Indian Medical Review
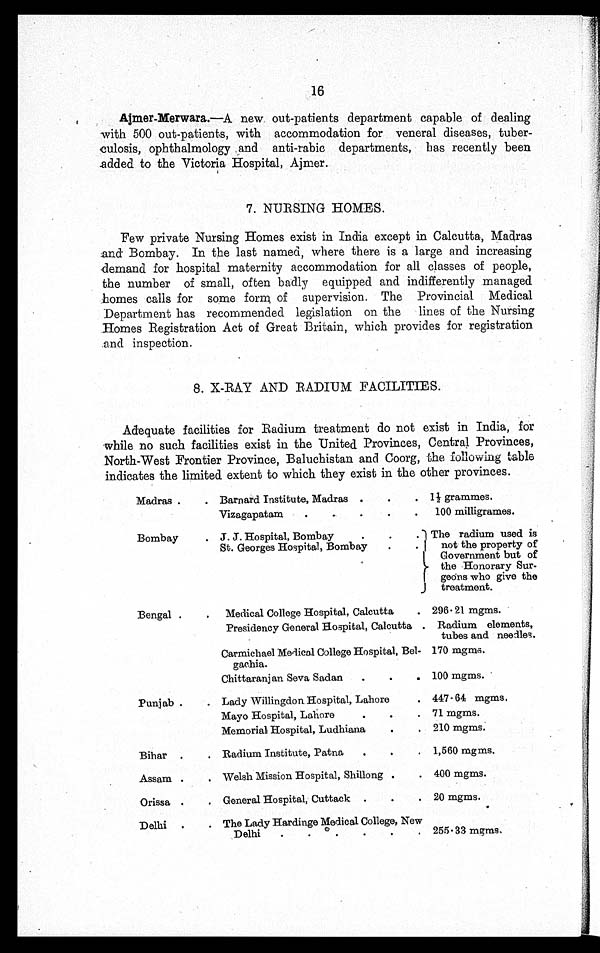
16
Ajmer-Merwara .—A new out-patients department capable of dealing
with 500 out-patients, with accommodation for veneral diseases, tuber
-culosis, ophthalmology and anti-rabic departments, has recently been
added to the Victoria Hospital, Ajmer.
7. NURSING HOMES.
Few private Nursing Homes exist in India except in Calcutta, Madras
and Bombay. In the last named, where there is a large and increasing
demand for hospital maternity accommodation for all classes of people,
the number of small, often badly equipped and indifferently managed
homes calls for some form of supervision. The Provincial Medical
Department has recommended legislation on the lines of the Nursing
Homes Registration Act of Great Britain, which provides for registration
and inspection.
8. X-RAY AND RADIUM FACILITIES.
Adequate facilities for Radium treatment do not exist in India, for
while no such facilities exist in the United Provinces, Central Provinces,
North-West Frontier Province, Baluchistan and Coorg, the following table
indicates the limited extent to which they exist in the other provinces.
Madras . . . Barnard Institute, Madras . . .
1½ grammes.
Vizagapatam . . .
100 milligrames.
Bombay . . . J. J. Hospital, Bombay . . .
The radium used is
not the property of
Government but of
the Honorary Sur
-
geons who give the
treatment.
St. Georges Hospital, Bombay . . .
Bengal . . .
Medical College Hospital, Calcutta .
296.21 mgms.
Presidency General Hospital, Calcutta . Radium elements,
tubes and needles.
Carmichael Medical College Hospital, Bel-
g a c h i a .
170 mgms.
Chittaranjan Seva Sadan . . .
100 mgms.
Punjab . . . Lady Willingdon Hospital, Lahore .
447.64 mgms.
Mayo Hospital, Lahore . . .
71 mgms.
Memorial Hospital, Ludhiana . . .
210 mgms.
Bihar . . .
Radium Institute, Patna . . .
1,560 mgms.
Assam . . . Welsh Mission Hospital, Shillong . . .
400 mgms.
Orissa . . . General Hospital, Cuttack . . .
20 mgms.
Delhi . . . The Lady Hardinge Medical College, New
Delhi . . . 255.33 mgms.